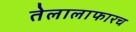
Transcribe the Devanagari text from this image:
तेलालाफारच